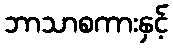
ဘာသာစကားနှင့်